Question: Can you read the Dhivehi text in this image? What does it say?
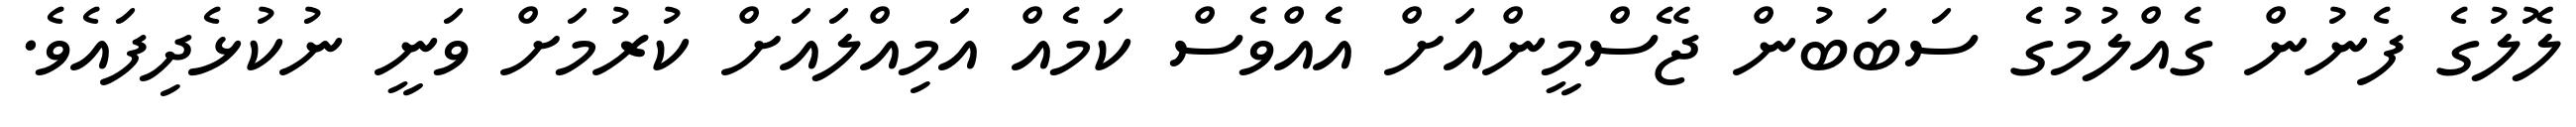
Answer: ލޮލުގެ ފެނުން ގެއްލުމުގެ ސަބަބުން ޖޭސްމީންއަށް އެެއްވެސް ކަމެއް އަމިއްލައަށް ކުރުމަށް ވަނީ ނުކުޅެދިފައެވެ.